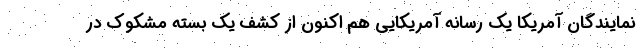
نمایندگان آمریکا یک رسانه آمریکایی هم اکنون از کشف یک بسته مشکوک در